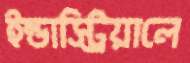
ইন্ডাস্ট্রিয়ালে